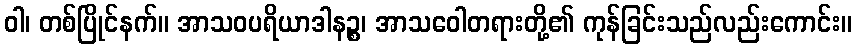
ဝါ၊ တစ်ပြိုင်နက်။ အာသဝပရိယာဒါနဉ္စ၊ အာသဝေါတရားတို့၏ ကုန်ခြင်းသည်လည်းကောင်း။